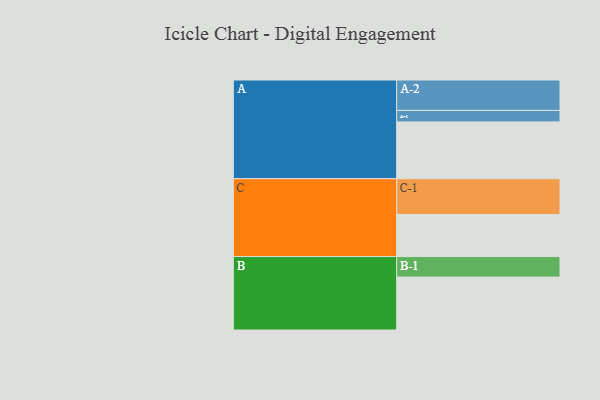
{"axis": {"x": "Segment", "y": "Value"}, "legend": ["", "A", "B", "C"], "data": [{"x": "A", "y": 454, "type": ""}, {"x": "B", "y": 423, "type": ""}, {"x": "C", "y": 336, "type": ""}, {"x": "A-1", "y": 92, "type": "A"}, {"x": "A-2", "y": 243, "type": "A"}, {"x": "B-1", "y": 164, "type": "B"}, {"x": "C-1", "y": 286, "type": "C"}]}